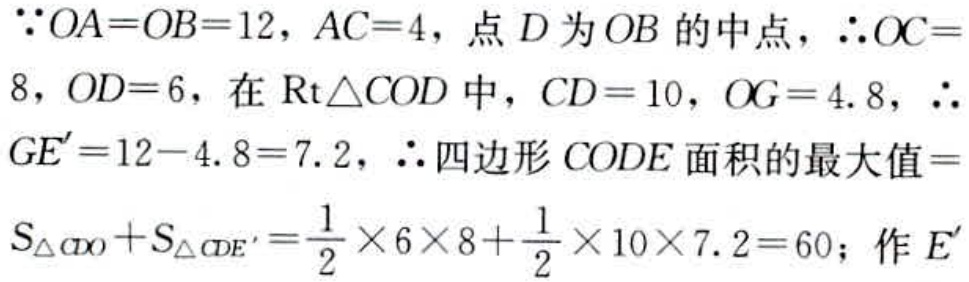
$\because OA = OB = 12$, $AC = 4$, 点 $D$ 为 $OB$ 的中点, $\therefore OC = 8$, $OD = 6$, 在 $\text{Rt}\triangle COD$ 中, $CD = 10$, $OG = 4.8$, $\therefore GE' = 12 - 4.8 = 7.2$, $\therefore$ 四边形 $CODE$ 面积的最大值 $=S_{\triangle CDO}+S_{\triangle CDE'}=\frac{1}{2}\times6\times8+\frac{1}{2}\times10\times7.2 = 60$; 作 $E'$